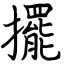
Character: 擺